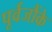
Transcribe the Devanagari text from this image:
पूर्वजौंके